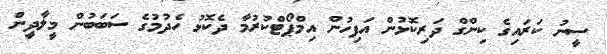
ސީނު ކަރައިގެ ކިންގް ދަރިކޮޅުން އަފިހުން އިމްޕޯޓްކުރުމާ ދެކޮޅު ހެދުމުގެ ސަބަބުން މީލާދީން